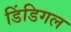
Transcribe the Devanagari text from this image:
डिंडिगल